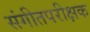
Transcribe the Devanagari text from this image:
संगीतपरीक्षक